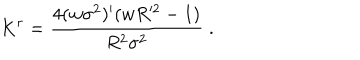
K ^ { r } = \frac { 4 ( w \sigma ^ { 2 } ) ^ { \prime } ( w R ^ { 2 } - 1 ) } { R ^ { 2 } \sigma ^ { 2 } } \; .